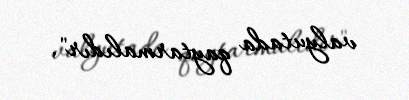
valyutada qaytarmalıdır".